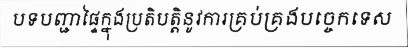
បទបញ្ជាផ្ទៃក្នុងប្រតិបត្តិនូវការគ្រប់គ្រងបច្ចេកទេស